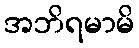
အဘိရမာမိ